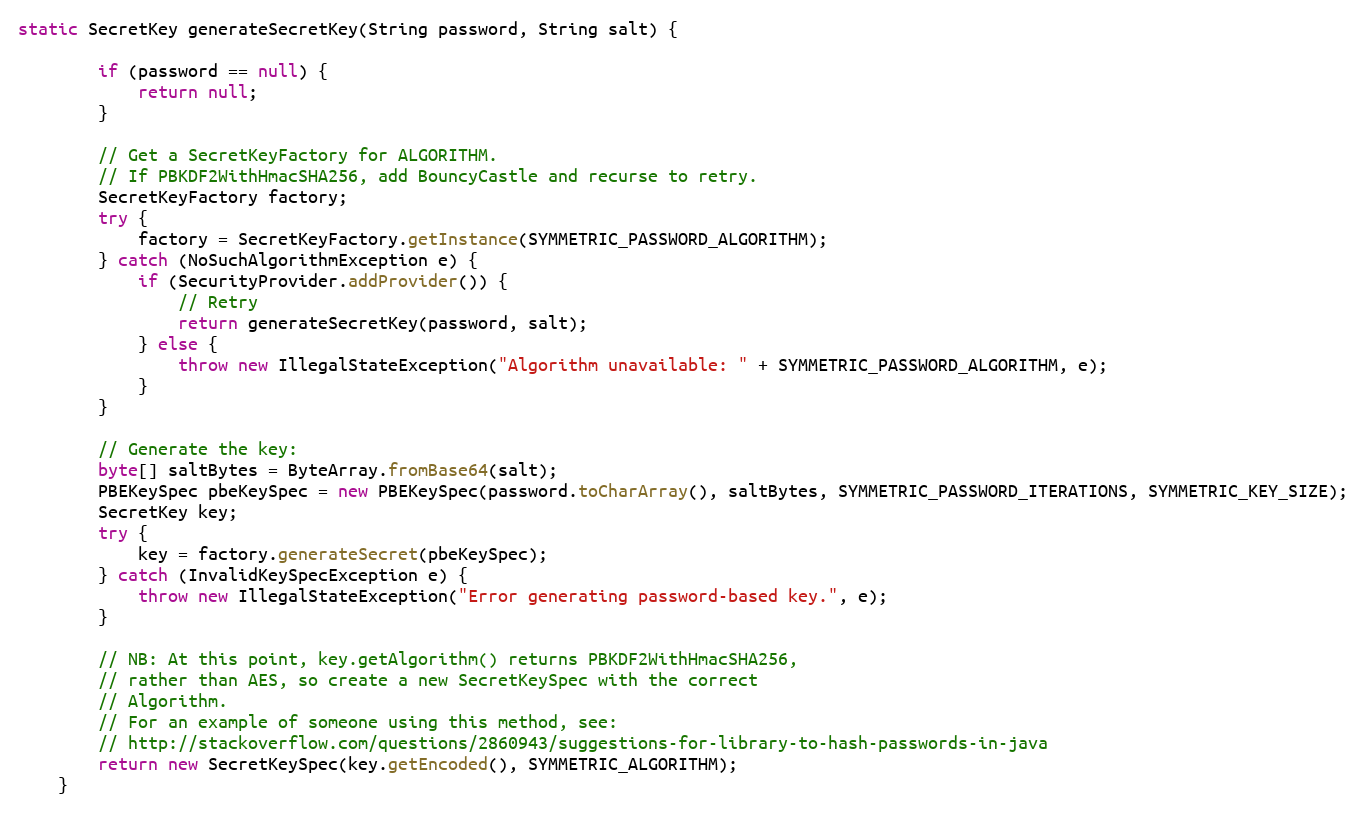
Language: Java
static SecretKey generateSecretKey(String password, String salt) {

        if (password == null) {
            return null;
        }

        // Get a SecretKeyFactory for ALGORITHM.
        // If PBKDF2WithHmacSHA256, add BouncyCastle and recurse to retry.
        SecretKeyFactory factory;
        try {
            factory = SecretKeyFactory.getInstance(SYMMETRIC_PASSWORD_ALGORITHM);
        } catch (NoSuchAlgorithmException e) {
            if (SecurityProvider.addProvider()) {
                // Retry
                return generateSecretKey(password, salt);
            } else {
                throw new IllegalStateException("Algorithm unavailable: " + SYMMETRIC_PASSWORD_ALGORITHM, e);
            }
        }

        // Generate the key:
        byte[] saltBytes = ByteArray.fromBase64(salt);
        PBEKeySpec pbeKeySpec = new PBEKeySpec(password.toCharArray(), saltBytes, SYMMETRIC_PASSWORD_ITERATIONS, SYMMETRIC_KEY_SIZE);
        SecretKey key;
        try {
            key = factory.generateSecret(pbeKeySpec);
        } catch (InvalidKeySpecException e) {
            throw new IllegalStateException("Error generating password-based key.", e);
        }

        // NB: At this point, key.getAlgorithm() returns PBKDF2WithHmacSHA256,
        // rather than AES, so create a new SecretKeySpec with the correct
        // Algorithm.
        // For an example of someone using this method, see:
        // http://stackoverflow.com/questions/2860943/suggestions-for-library-to-hash-passwords-in-java
        return new SecretKeySpec(key.getEncoded(), SYMMETRIC_ALGORITHM);
    }